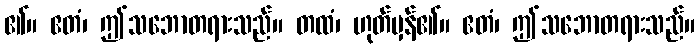
၏။ ဧတံ၊ ဤသဘောတရားသည်။ တထံ၊ ဟုတ်မှန်၏။ ဧတံ၊ ဤသဘောတရားသည်။